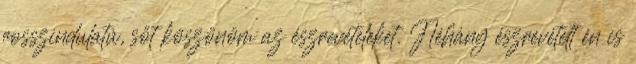
rosszindulatú, sőt köszönöm az észrevételeket. Néhány észrevételt én is